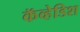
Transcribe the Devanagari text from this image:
कॅव्हेडिश